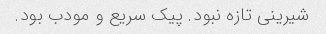
شیرینی تازه نبود. پیک سریع و مودب بود.